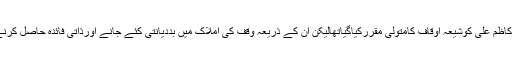
چیئرمین کے احکامات مطابق پہلے نواب کاظم علی کوشیعہ اوقاف کامتولی مقررکیاگیاتھالیکن ان کے ذریعہ وقف کی املاک میں بددیانتی کئے جانے اورذاتی فائدہ حاصل کرنے کے الزامات کے تحت انھیں ہٹادیاگیاتھا۔